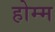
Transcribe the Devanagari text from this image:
होम्म